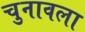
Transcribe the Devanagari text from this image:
चुनावला